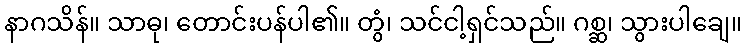
နာဂသိန်။ သာဓု၊ တောင်းပန်ပါ၏။ တွံ၊ သင်ငါ့ရှင်သည်။ ဂစ္ဆ၊ သွားပါချေ။